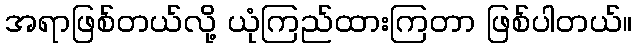
အရာဖြစ်တယ်လို့ ယုံကြည်ထားကြတာ ဖြစ်ပါတယ်။